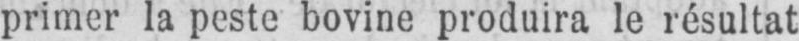
primer la peste bovine produira le résultat